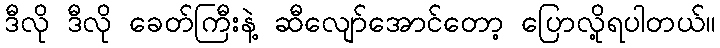
ဒီလို ဒီလို ခေတ်ကြီးနဲ့ ဆီလျော်အောင်တော့ ပြောလို့ရပါတယ်။